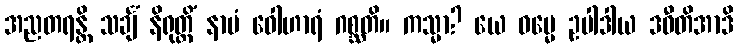
အညတရန္တိ သင်္ချံ နိရုတ္တိံ နာမံ ဝေါဟာရံ ဂစ္ဆတိ။ ကသ္မာ? ယေ ဓမ္မေ ဥပါဒါယ ဒဓီတိအာဒိ